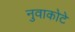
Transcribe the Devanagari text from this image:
नुवाकोटे